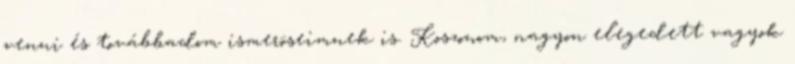
venni és továbbadom ismeröseimnek is. Koszonom, nagyon elegedett vagyok